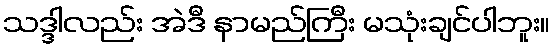
သဒ္ဒါလည်း အဲဒီ နာမည်ကြီး မသုံးချင်ပါဘူး။